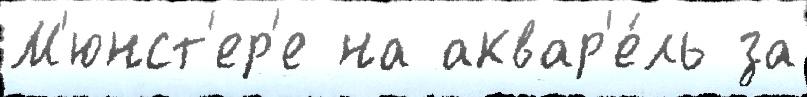
М'юнст'ер'е на аквар'е́ль за